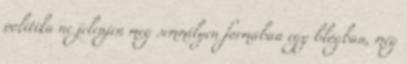
politika ne jelenjen meg semmilyen formában egy blogban, még